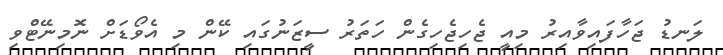
ލަނޑު ޖަހާފައިވާއިރު މިއީ ޖެހިޖެހިގެން ހަތަރު ސީޒަނުގައި ކޭން މި އެވޯޑަށް ނޮމިނޭޓްވި